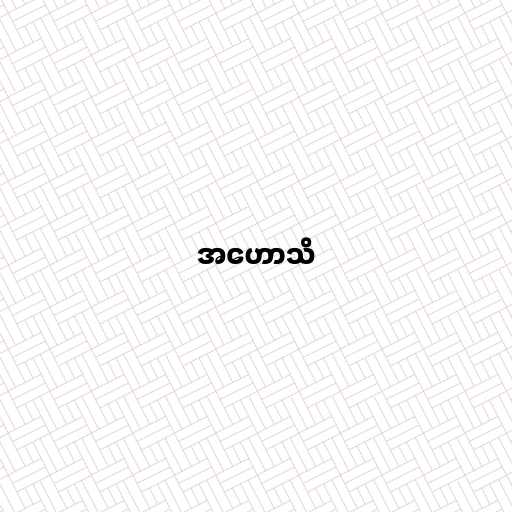
အဟောသိ